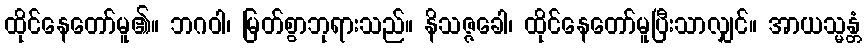
ထိုင်နေတော်မူ၏။ ဘဂဝါ၊ မြတ်စွာဘုရားသည်။ နိသဇ္ဇခေါ၊ ထိုင်နေတော်မူပြီးသာလျှင်။ အာယသ္မန္တံ